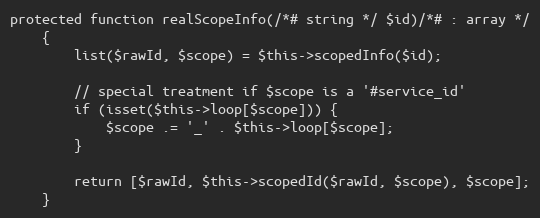
Language: PHP
protected function realScopeInfo(/*# string */ $id)/*# : array */
    {
        list($rawId, $scope) = $this->scopedInfo($id);

        // special treatment if $scope is a '#service_id'
        if (isset($this->loop[$scope])) {
            $scope .= '_' . $this->loop[$scope];
        }

        return [$rawId, $this->scopedId($rawId, $scope), $scope];
    }